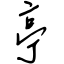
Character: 亭